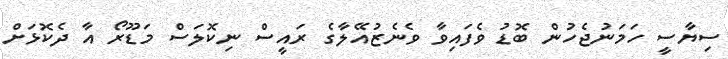
ސިޔާސީ ހަމަނުޖެހުން ބޮޑު ވެފައިވާ ވެނެޒުއޭލާގެ ރައީސް ނިކޮލަސް މަޑޫރޯ އާ ދެކޮޅަށް